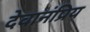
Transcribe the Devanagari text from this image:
देवानंप्रिय